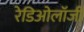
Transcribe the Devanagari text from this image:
रेडिओलॉजी